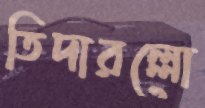
তিদারল্লো